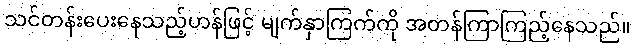
သင်တန်းပေးနေသည့်ဟန်ဖြင့် မျက်နှာကြက်ကို အတန်ကြာကြည့်နေသည်။